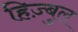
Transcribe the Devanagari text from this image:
हिज़्बुल